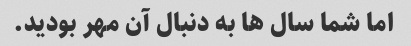
اما شما سال ها به دنبال آن مهر بودید.